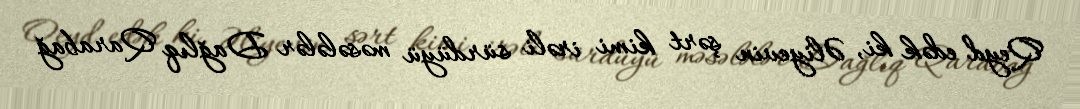
Qeyd edək ki, Əliyevin şərt kimi irəli sürdüyü məsələlər Dağlıq Qarabağ